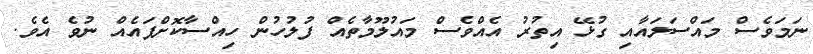
ނަމަވެސް މައްސަަލައާއި ގުޅޭ އިތުރު އެއްވެސް މައުލޫމާތެއް ފުލުހުން ހިއްސާކޮށްފައެއް ނުވެ އެވެ.